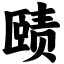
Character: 赜